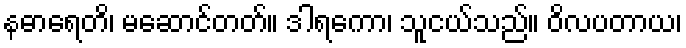
နဓာရေတိ၊ မဆောင်တတ်။ ဒါရကော၊ သူငယ်သည်။ ဝိလပတာယ၊